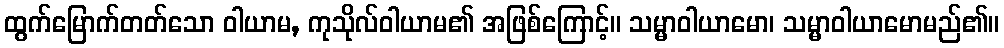
ထွက်မြောက်တတ်သော ဝါယာမ, ကုသိုလ်ဝါယာမ၏ အဖြစ်ကြောင့်။ သမ္မာဝါယာမော၊ သမ္မာဝါယာမောမည်၏။